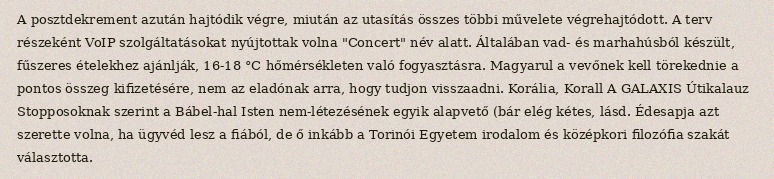
A posztdekrement azután hajtódik végre, miután az utasítás összes többi művelete végrehajtódott. A terv részeként VoIP szolgáltatásokat nyújtottak volna "Concert" név alatt. Általában vad- és marhahúsból készült, fűszeres ételekhez ajánlják, 16-18 °C hőmérsékleten való fogyasztásra. Magyarul a vevőnek kell törekednie a pontos összeg kifizetésére, nem az eladónak arra, hogy tudjon visszaadni. Korália, Korall A GALAXIS Útikalauz Stopposoknak szerint a Bábel-hal Isten nem-létezésének egyik alapvető (bár elég kétes, lásd. Édesapja azt szerette volna, ha ügyvéd lesz a fiából, de ő inkább a Torinói Egyetem irodalom és középkori filozófia szakát választotta.